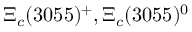
\Xi _ { c } ( 3 0 5 5 ) ^ { + } , \Xi _ { c } ( 3 0 5 5 ) ^ { 0 }